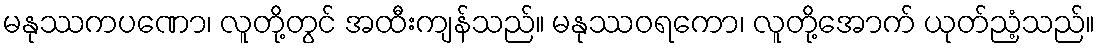
မနုဿကပဏော၊ လူတို့တွင် အထီးကျန်သည်။ မနုဿဝရကော၊ လူတို့အောက် ယုတ်ညံ့သည်။